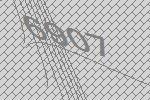
6907